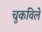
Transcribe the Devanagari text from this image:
चुकविले